King Institute of Preventive Medicine Micro-Biological Section reports 1909-11
Year: 1909
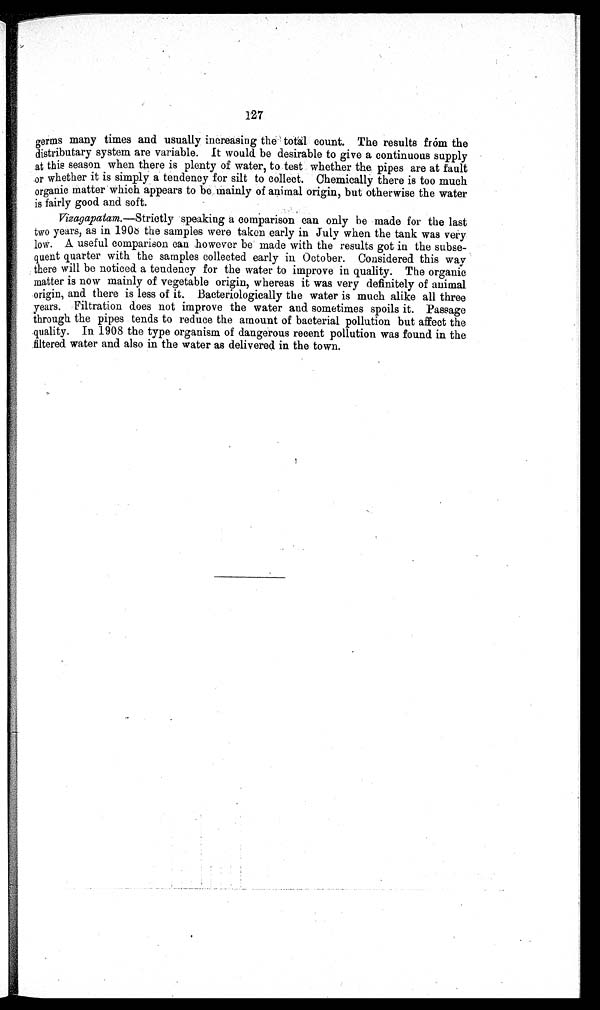
127
germs many times and usually increasing the tοtal count. The results frόm the
distributary system are variable. It would be desirable to give a continuous supply
at this season when there is plenty of water, to test whether the pipes are at fault
or whether it is simply a tendency for silt to collect. Chemically there is too much
organic matter which appears to be mainly of animal origin, but otherwise the water
is fairly good and soft.
Vizagapatam.—Strictly speaking a comparisοn can only he made for the last
two years, as in 1908 the samples were taken early in July when the tank was νery
low. A useful comparison can however be made with the results got in the subse-
quent quarter with the samples collected early in October. Considered this way
there will be noticed a tendency for the water to improve in quality. The organic
matter is now mainly of vegetable origin, whereas it was very definitely of animal
origin, and there is less of it. Bacteriologically the water is much alike all three
years. Filtration does not improve the water and sometimes spoils it. Passage
through the pipes tends to reduce the amount of bacterial pollution but affect the
quality. In 1908 the type organism of dangerous recent pollution was found in the
filtered water and also in the water as delivered in the town.